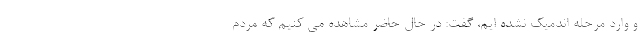
و وارد مرحله اندمیک نشده ایم، گفت: در حال حاضر مشاهده می کنیم که مردم